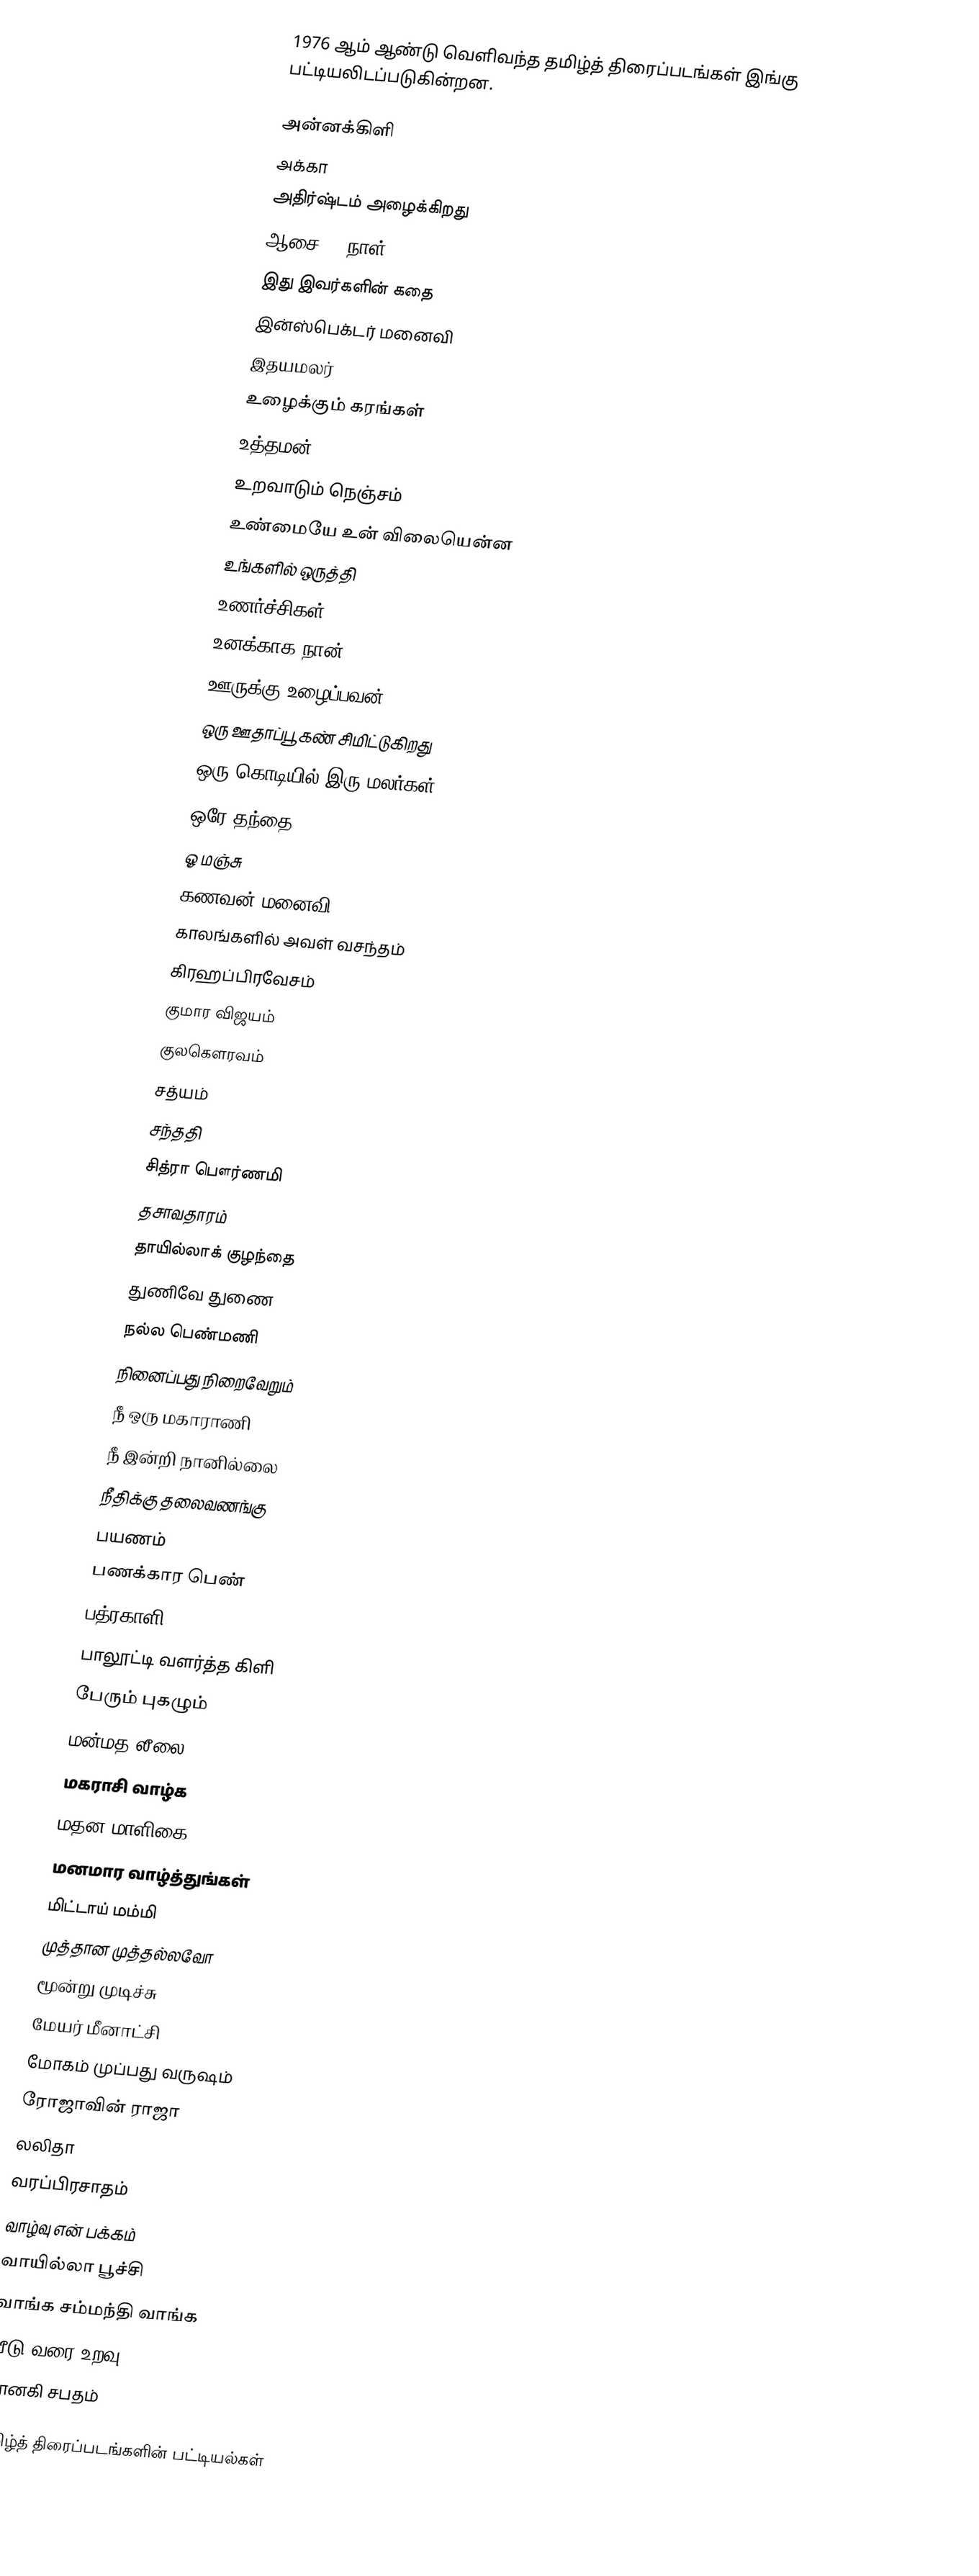
1976 ஆம் ஆண்டு வெளிவந்த தமிழ்த் திரைப்படங்கள் இங்கு பட்டியலிடப்படுகின்றன.

அன்னக்கிளி
அக்கா
அதிர்ஷ்டம் அழைக்கிறது
ஆசை 60 நாள்
இது இவர்களின் கதை
இன்ஸ்பெக்டர் மனைவி
இதயமலர்
உழைக்கும் கரங்கள்
உத்தமன்
உறவாடும் நெஞ்சம்
உண்மையே உன் விலையென்ன
உங்களில் ஒருத்தி
உணர்ச்சிகள்
உனக்காக நான்
ஊருக்கு உழைப்பவன்
ஒரு ஊதாப்பூ கண் சிமிட்டுகிறது
ஒரு கொடியில் இரு மலர்கள்
ஒரே தந்தை
ஓ மஞ்சு
கணவன் மனைவி
காலங்களில் அவள் வசந்தம்
கிரஹப்பிரவேசம்
குமார விஜயம்
குலகௌரவம்
சத்யம்
சந்ததி
சித்ரா பௌர்ணமி
தசாவதாரம்
தாயில்லாக் குழந்தை
துணிவே துணை
நல்ல பெண்மணி
நினைப்பது நிறைவேறும்
நீ ஒரு மகாராணி
நீ இன்றி நானில்லை
நீதிக்கு தலைவணங்கு
பயணம்
பணக்கார பெண்
பத்ரகாளி
பாலூட்டி வளர்த்த கிளி
பேரும் புகழும்
மன்மத லீலை
மகராசி வாழ்க
மதன மாளிகை
மனமார வாழ்த்துங்கள்
மிட்டாய் மம்மி
முத்தான முத்தல்லவோ
மூன்று முடிச்சு
மேயர் மீனாட்சி
மோகம் முப்பது வருஷம்
ரோஜாவின் ராஜா
லலிதா
வரப்பிரசாதம்
வாழ்வு என் பக்கம்
வாயில்லா பூச்சி
வாங்க சம்மந்தி வாங்க
வீடு வரை உறவு
ஜானகி சபதம்

தமிழ்த் திரைப்படங்களின் பட்டியல்கள்